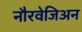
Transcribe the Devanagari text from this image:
नौरवेजिअन